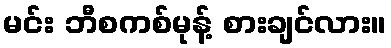
မင်း ဘီစကစ်မုန့် စားချင်လား။